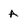
Character: a